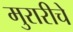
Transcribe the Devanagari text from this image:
मुरारीचे